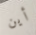
أين